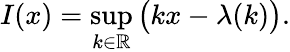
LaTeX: I(x)=\operatorname*{sup}_{k\in\mathbb{R}}\big(kx-\lambda(k)\big).